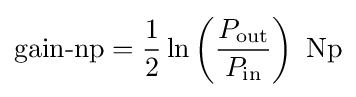
{\text{gain-np}}={\frac {1}{2}}\ln \left({\frac {P_{\text{out}}}{P_{\text{in}}}}\right)~{\text{Np}}